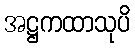
အဋ္ဌကထာသုပိ